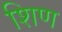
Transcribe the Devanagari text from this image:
शिण